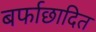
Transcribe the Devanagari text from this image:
बर्फाछादित